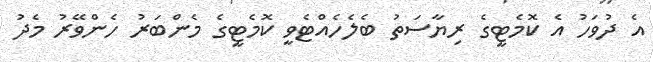
އެ ދުވަހު އެ ކޮމެޓީގެ ރިޔާސަތު ބެލެހެއްޓެވީ ކޮމެޓީގެ މެންބަރު ހެންވޭރު މެދު